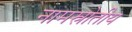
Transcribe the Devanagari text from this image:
नामस्रोतीय